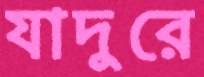
যাদুরে